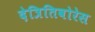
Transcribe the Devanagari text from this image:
देत्रितिवोरेस